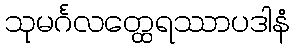
သုမင်္ဂလတ္ထေရဿာပဒါနံ